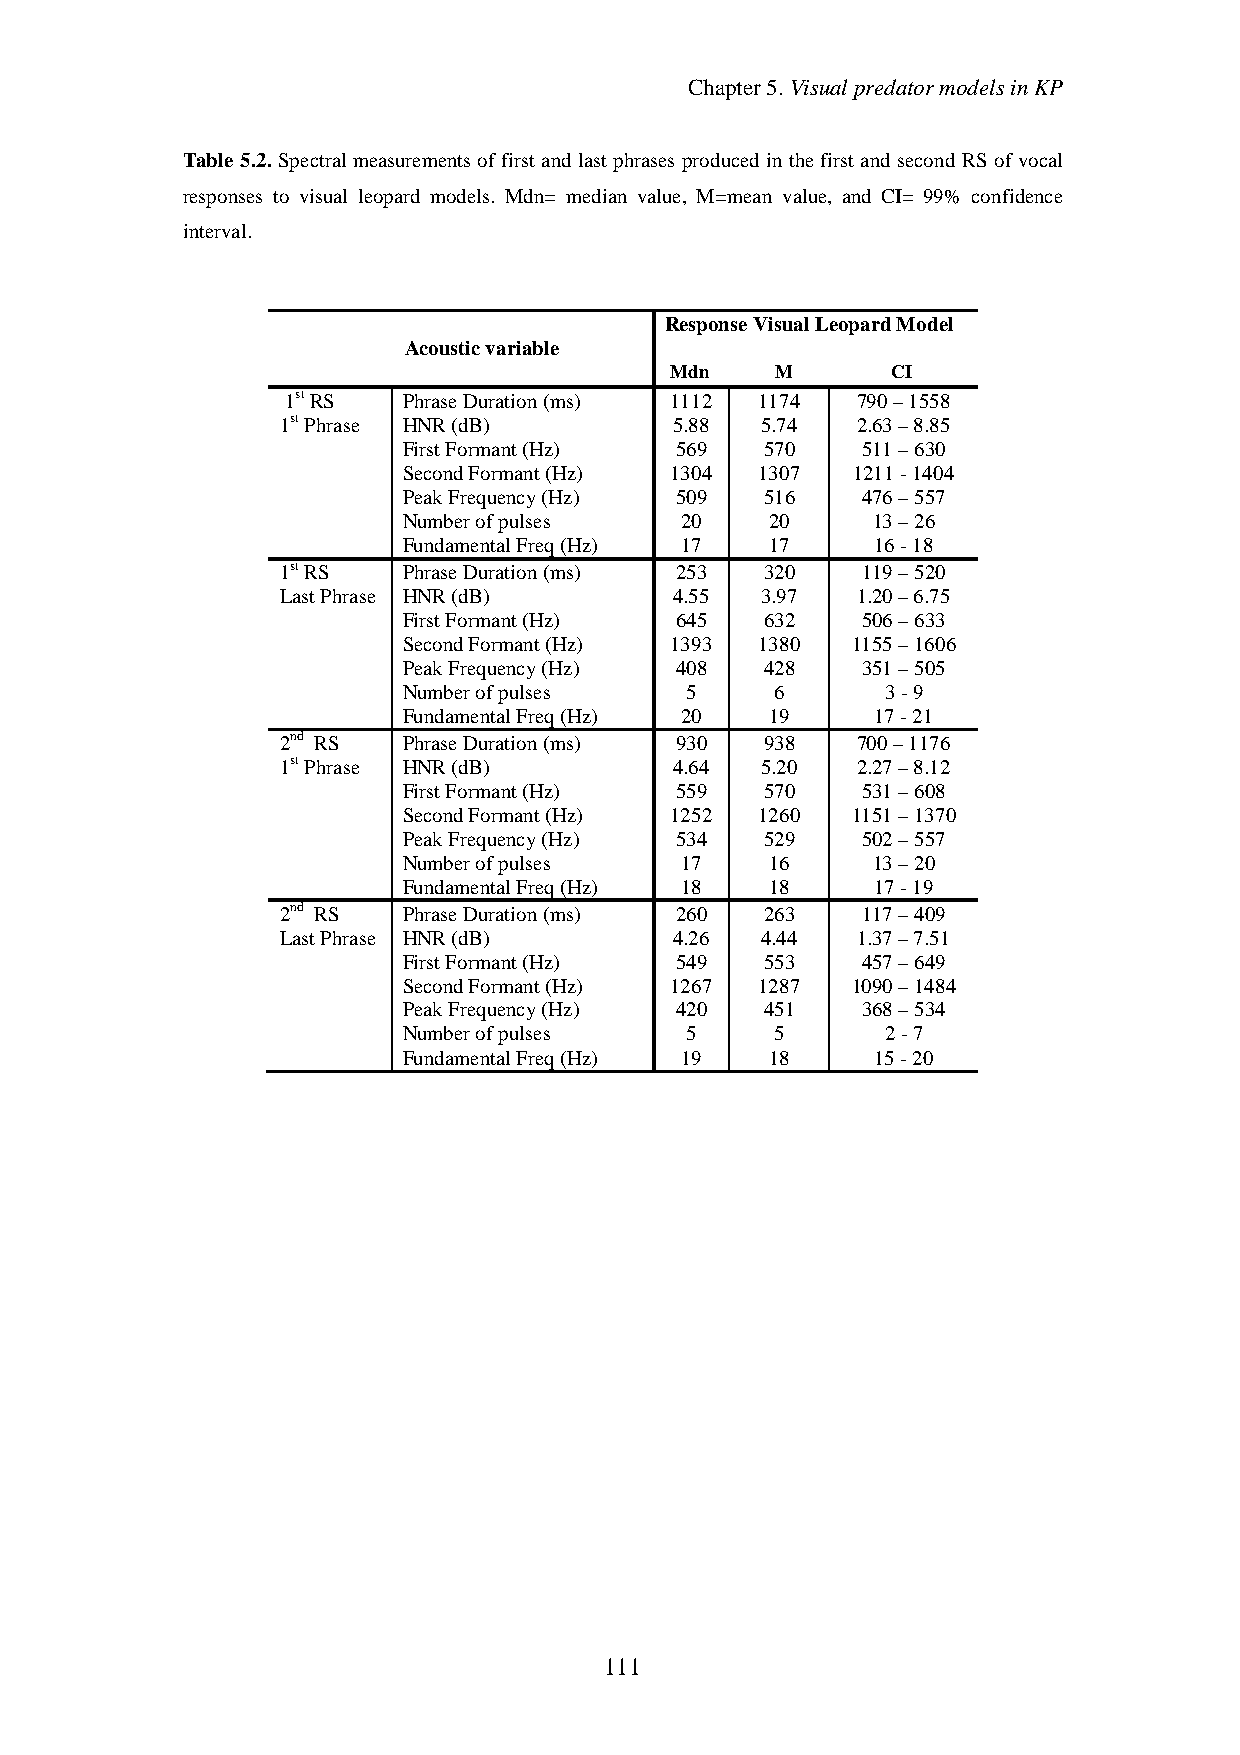
Chapter5.VisualpredatormodelsinKP
 Table 5.2. Spectral measurements of first and last phrases produced in the first and second RS of vocal
 responses to visual leopard models. Mdn= median value, M=mean value, and CI= 99% confidence
 interval.
 ResponseVisualLeopardModel
 Acousticvariable
 Mdn    M       CI
 1stRS   PhraseDuration(ms) 1112 1174  790–1558
 1stPhrase HNR(dB)         5.88 5.74   2.63–8.85
 FirstFormant(Hz)  569   570   511–630
 SecondFormant(Hz) 1304 1307  1211-1404
 PeakFrequency(Hz) 509   516   476–557
 Numberofpulses    20    20     13–26
 FundamentalFreq(Hz) 17  17     16-18
 1stRS   PhraseDuration(ms) 253  320   119–520
 LastPhrase HNR(dB)        4.55 3.97   1.20–6.75
 FirstFormant(Hz)  645   632   506–633
 SecondFormant(Hz) 1393 1380  1155–1606
 PeakFrequency(Hz) 408   428   351–505
 Numberofpulses    5     6       3-9
 FundamentalFreq(Hz) 20  19     17-21
 2nd RS  PhraseDuration(ms) 930  938   700–1176
 1stPhrase HNR(dB)         4.64 5.20   2.27–8.12
 FirstFormant(Hz)  559   570   531–608
 SecondFormant(Hz) 1252 1260  1151–1370
 PeakFrequency(Hz) 534   529   502–557
 Numberofpulses    17    16     13–20
 FundamentalFreq(Hz) 18  18     17-19
 2nd RS  PhraseDuration(ms) 260  263   117–409
 LastPhrase HNR(dB)        4.26 4.44   1.37–7.51
 FirstFormant(Hz)  549   553   457–649
 SecondFormant(Hz) 1267 1287  1090–1484
 PeakFrequency(Hz) 420   451   368–534
 Numberofpulses    5     5       2-7
 FundamentalFreq(Hz) 19  18     15-20
 111